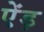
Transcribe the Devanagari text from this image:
ऐंड़